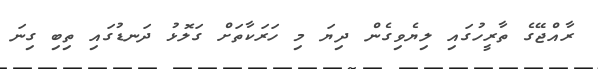
ރާއްޖޭގެ ތާރީހުގައި ލިޔެވިގެން ދިޔަ މި ހަރަކާތަށް ގަލޮޅު ދަނޑުގައި ތިބި ގިނަ